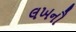
લખનૌ